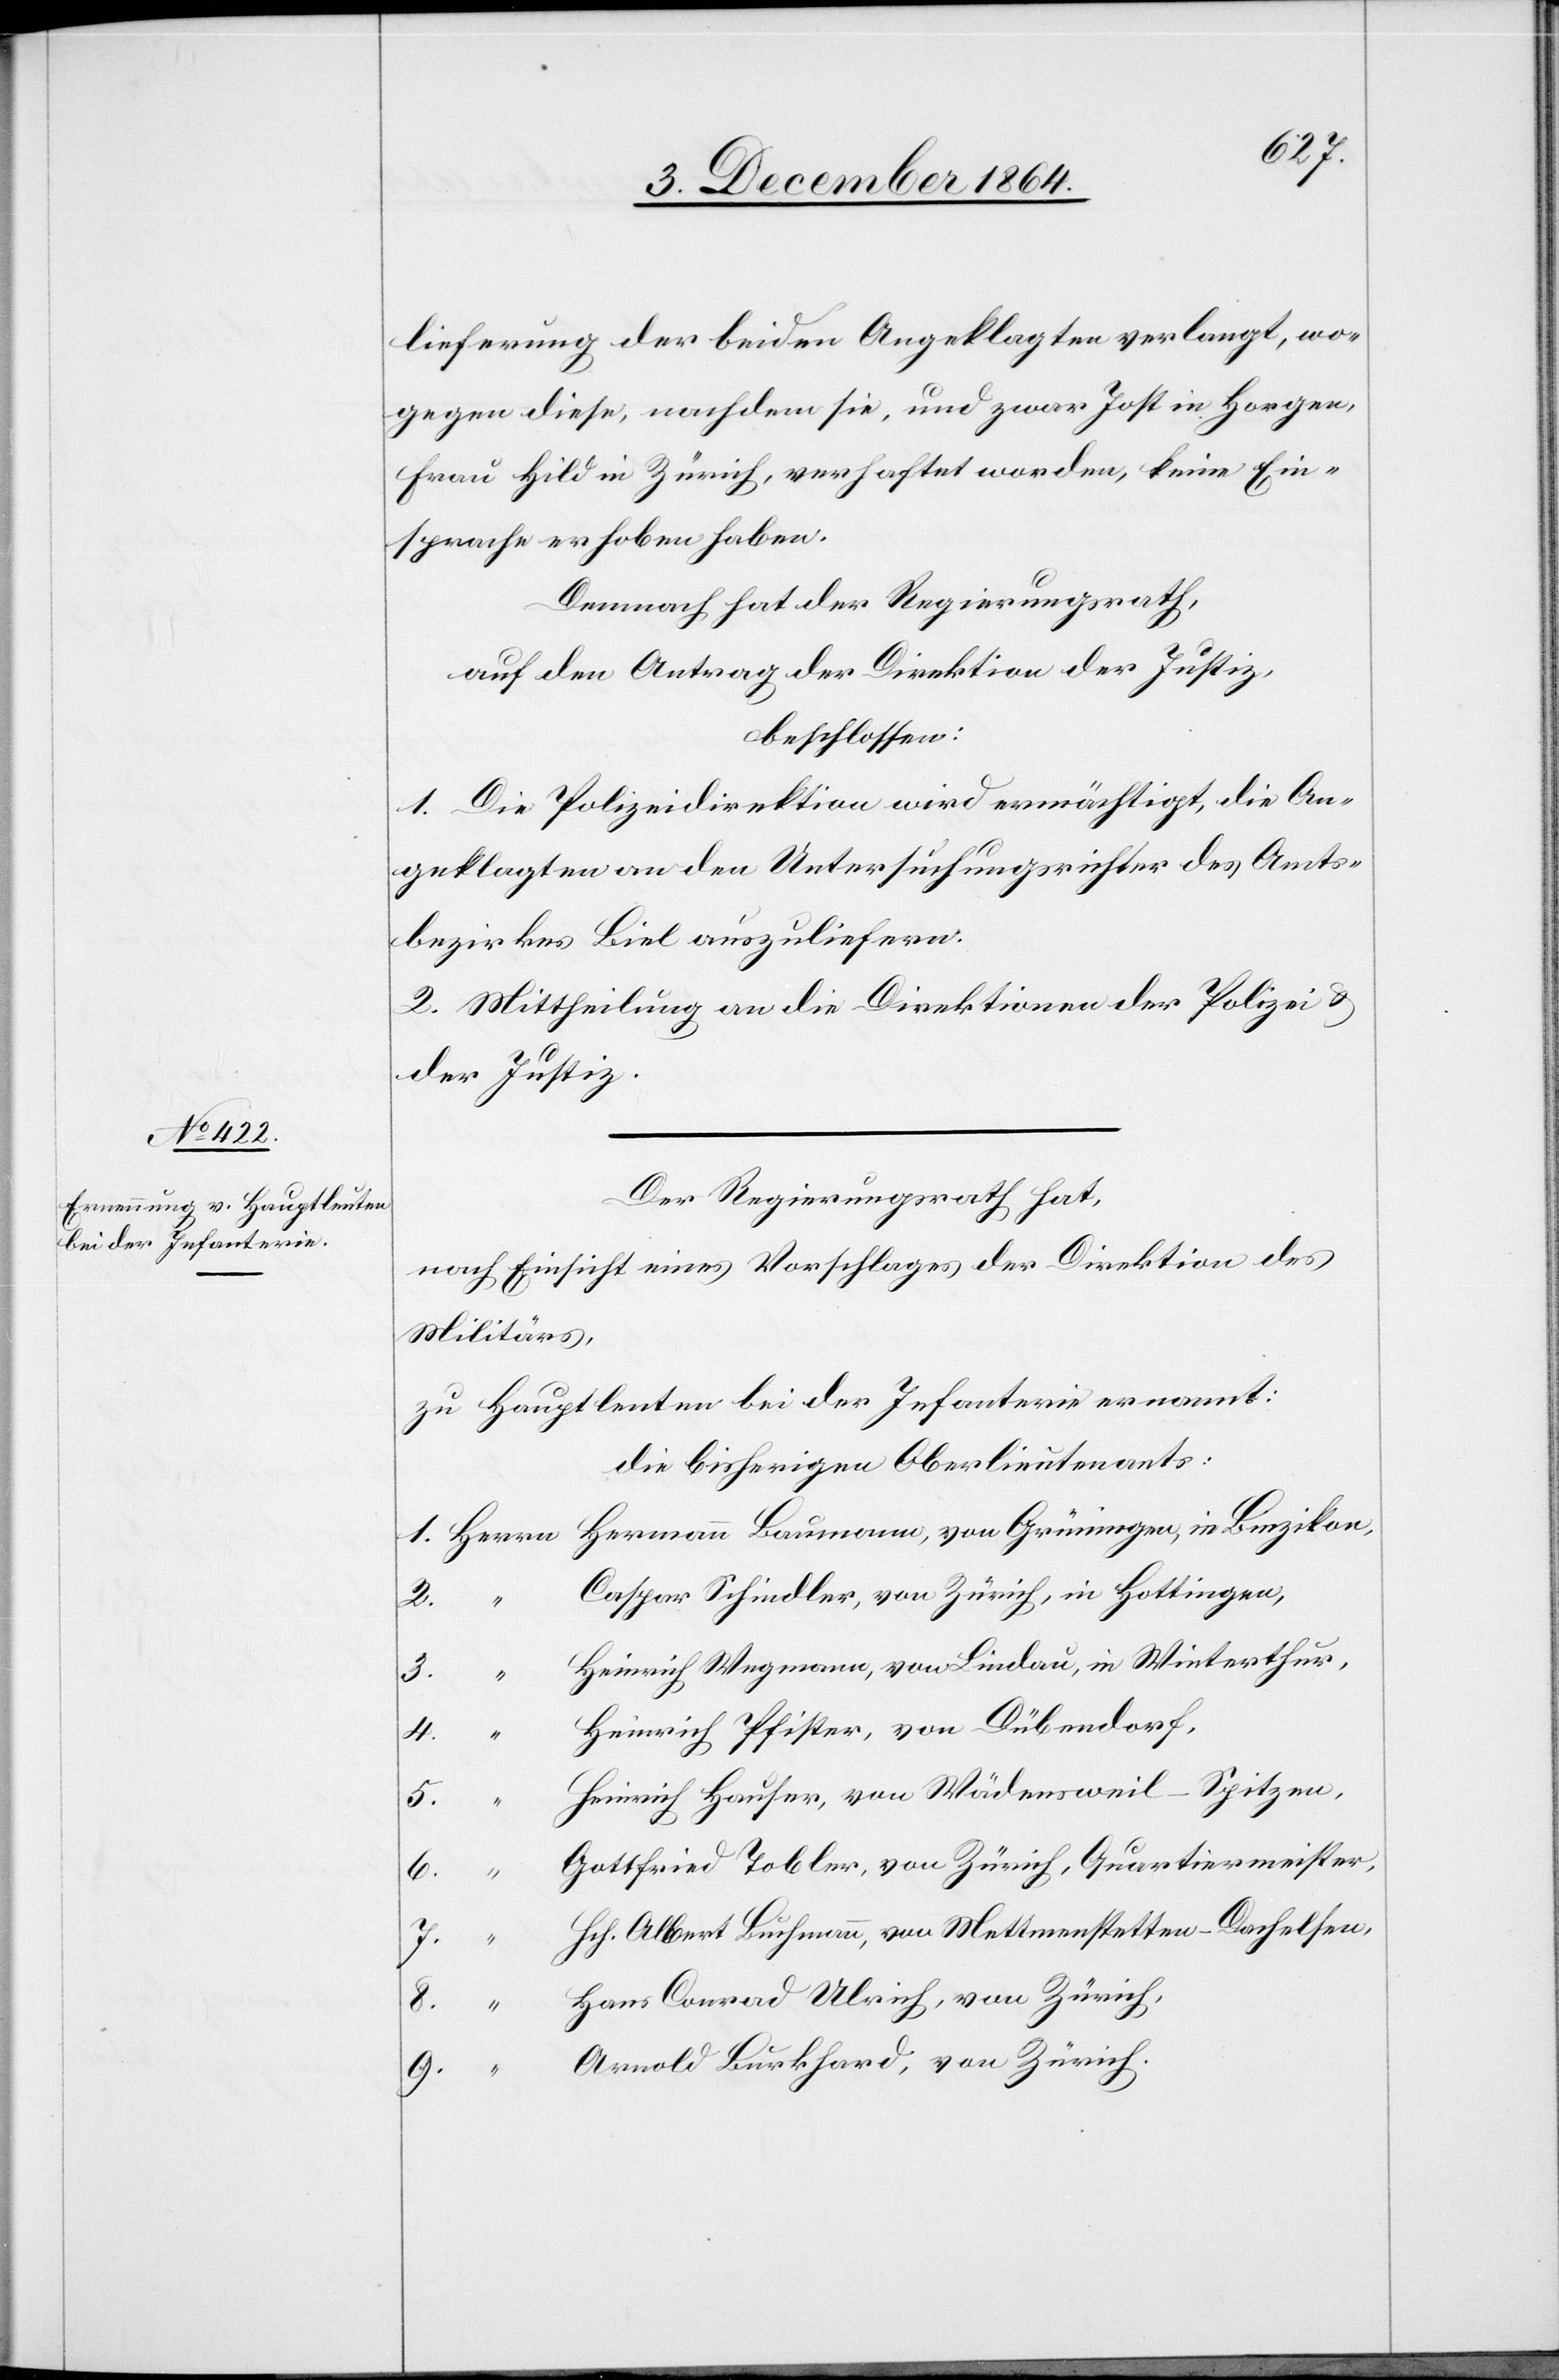
lieferung der beiden Angeklagten verlangt, wo¬
gegen diese, nachdem sie, und zwar Jost in Horgen,
Frau Hild in Zürich, verhaftet worden, keine Ein¬
sprache erhoben haben.
Demnach hat der Regierungsrath,
auf den Antrag der Direktion der Justiz,
beschlossen:
1. Die Polizeidirektion wird ermächtigt, die An¬
geklagten an den Untersuchungsrichter des Amts¬
bezirkes Biel auszuliefern.
2. Mittheilung an die Direktionen der Polizei &
der Justiz.
Der Regierungsrath hat,
nach Einsicht eines Vorschlages der Direktion des
Militärs,
zu Hauptleuten der Infanterie ernannt:
die bisherigen Oberlieutenants:
1. Herrn Hermann Baumann, von Grüningen, in Binzikon,
Caspar Schindler, von Zürich, in Hottingen,
3.
Heinrich Wegmann, von Lindau, in Winterthur,
Heinrich Pfister, von Dübendorf,
Heinrich Hauser, von Wädensweil-Spitzen,
5.
6.
Gottfried Tobler, von Zürich, Quartiermeister,
Hch. Albert Buchmann, von Mettmenstetten-Dachelsen,
8.
Hans Conrad Ulrich, von Zürich,
9.
Arnold Burkhard, von Zürich.